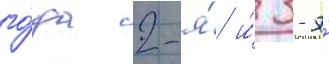
го́да 2-я́ и́ 3-я́